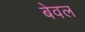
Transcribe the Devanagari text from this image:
बेवल